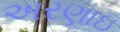
અરણાઇ